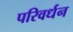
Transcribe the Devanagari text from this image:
परिवर्धन